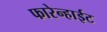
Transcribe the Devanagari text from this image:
फारेन्हाईट